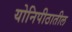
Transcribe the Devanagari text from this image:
योनिपीठातील